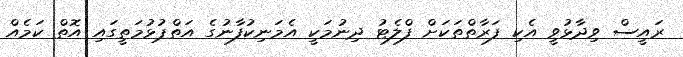
ރައީސް ވިދާޅުވީ އެކި ފަރާތްތަކަށް ފްލެޓު ދިނުމަކީ އެމަނިކުފާނުގެ އަތްޕުޅުމަތީގައި އޮތް ކަމެއް